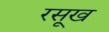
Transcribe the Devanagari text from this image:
रसूख